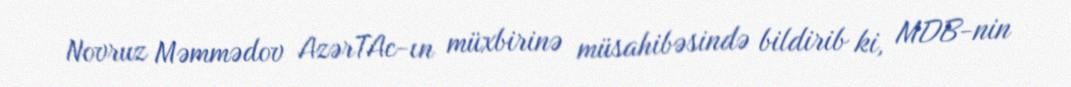
Novruz Məmmədov AzərTAc-ın müxbirinə müsahibəsində bildirib ki, MDB-nin